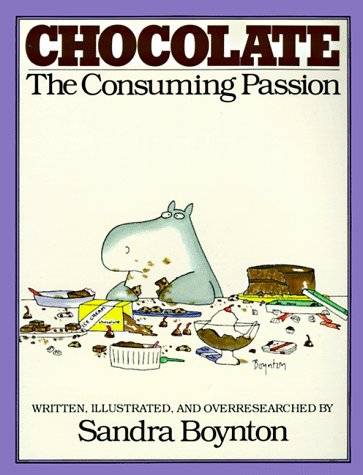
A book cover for Chocolate: The Consuming Passion; Sandra Boynton; Humor & Entertainment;